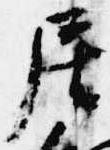
居